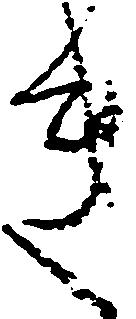
き